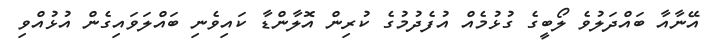
އޭނާއާ ބައްދަލުވެ ލޯބީގެ ގުޅުމެއް އުފެދުމުގެ ކުރިން އޮލާންޑާ ކައިވެނި ބައްލަވައިގެން އުޅުއްވި